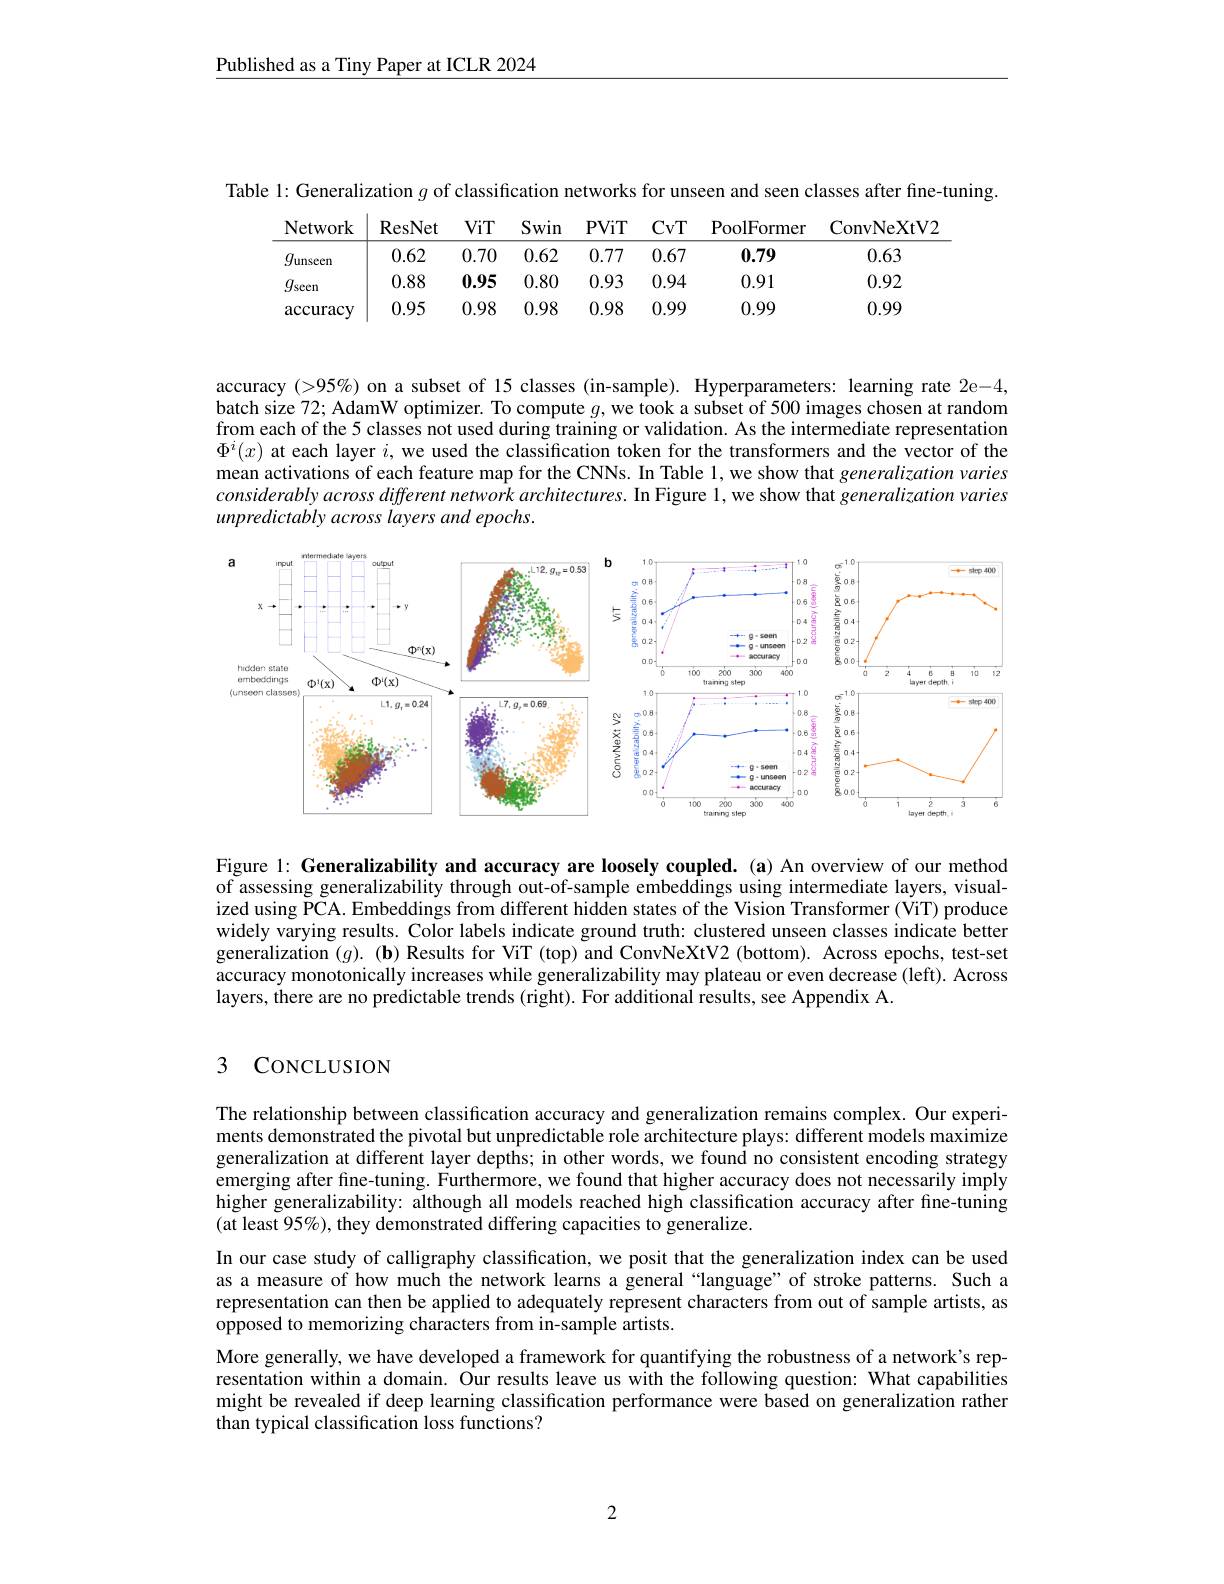
Published as a Tiny Paper at ICLR 2024

<table>
	<tbody>
		<tr>
			<th>Network</th>
			<th>ResNet</th>
			<th>ViT</th>
			<th>Swin</th>
			<th>PViT</th>
			<th>CvT</th>
			<th>${\mathrm{PoolFormer}}$</th>
			<th>ConvNeXtV2</th>
		</tr>
		<tr>
			<td>$g_{\mathrm{unseen}}$</td>
			<td>0.62</td>
			<td>0.70</td>
			<td>0.62</td>
			<td>0.77</td>
			<td>0.67</td>
			<td>0.79</td>
			<td>0.63</td>
		</tr>
		<tr>
			<td>$g_{\mathrm{seen}}$</td>
			<td>0.88</td>
			<td>0.95</td>
			<td>0.80</td>
			<td>0.93</td>
			<td>0.94</td>
			<td>0.91</td>
			<td>0.92</td>
		</tr>
		<tr>
			<td>${\mathrm{accuracy}}$</td>
			<td>0.95</td>
			<td>0.98</td>
			<td>0.98</td>
			<td>0.98</td>
			<td>0.99</td>
			<td>0.99</td>
			<td>0.99</td>
		</tr>
	</tbody>
</table>

accuracy (>95%) on a subset of 15 classes (in-sample). Hyperparameters: learning rate 2e-4, batch size 72; AdamW optimizer. To compute $g$, we took a subset of 500 images chosen at random from each of the 5 classes not used during training or validation. As the intermediate representatiom $\Phi^i(x)$ at each layer $i$, we used the classification token for the transformers and the vector of the mean activations of each feature map for the CNNs. In Table 1, we show that generalization varies $considerablyacross\textit{ different network architectures. In Figure 1, we show that generalization varies}$ unpredictably across layers and epochs.

<FigureHere>

Figure l: Generalizability and accuracy are loosely coupled.(a) An overview of our method of assessing generalizability through out-of-sample embeddings using intermediate layers, visualized using PCA. Embeddings from different hidden states of the Vision Transformer (ViT) produce widely varying results. Color labels indicate ground truth: clustered unseen classes indicate better generalization $(g).(\mathbf{b})$ Results for ViT (top) and ConvNeXtV2 (bottom). Across epochs, test-set accuracy monotonically increases while generalizability may plateau or even decrease (left). Across layers, there are no predictable trends (right). For additional results, see Appendix A.

### 3 CoNCLUSION

The relationship between classification accuracy and generalization remains complex. Our experiments demonstrated the pivotal but unpredictable role architecture plays: different models maximize generalization at different layer depths; in other words, we found no consistent encoding strategy emerging after fine-tuning. Furthermore, we found that higher accuracy does not necessarily imply higher generalizability: although all models reached high classification accuracy after fine-tuning (at least 95%), they demonstrated differing capacities to generalize.
In our case study of calligraphy classification, we posit that the generalization index can be used as a measure of how much the network learns a general“language”of stroke patterns. Such a representation can then be applied to adequately represent characters from out of sample artists, as opposed to memorizing characters from in-sample artists.
More generally, we have developed a framework for quantifying the robustness of a network's representation within a domain. Our results leave us with the following question: What capabilities might be revealed if deep learning classification performance were based on generalization rather than typical classification loss functions?

2